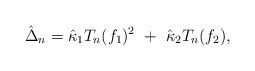
\begin{align*} \hat\Delta_n = \hat\kappa_{1} T_n(f_1)^2 \ + \ \hat\kappa_{2} T_n(f_2),\end{align*}